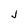
Character: J